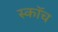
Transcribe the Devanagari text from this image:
स्काॅच